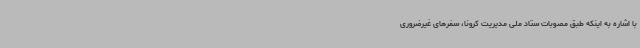
با اشاره به اینکه طبق مصوبات ستاد ملی مدیریت کرونا، سفرهای غیرضروری